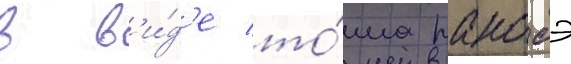
в в'и́д'е то́ма ранобэ